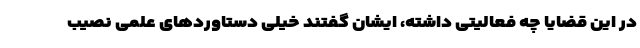
در این قضایا چه فعالیتی داشته، ایشان گفتند خیلی دستاوردهای علمی نصیب